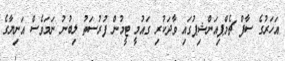
އަހަރުގެ ސާފް ޗެމްޕިއަންޝިޕުގައި ވާދަކުރި ގައުމީ ޓީމުން ފުރުސަތު ލިބުނު ނަމަވެސް އަނިޔާގެ